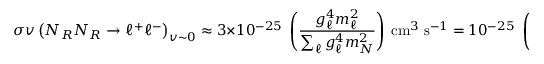
\sigma v \left( N _ { R } N _ { R } \to \ell ^ { + } \ell ^ { - } \right) _ { v \sim 0 } \approx 3 \times 1 0 ^ { - 2 5 } \; \left( \frac { g _ { \ell } ^ { 4 } m _ { \ell } ^ { 2 } } { \sum _ { \ell } g _ { \ell } ^ { 4 } m _ { N } ^ { 2 } } \right) \ \mathrm { c m } ^ { 3 } \; \mathrm { s } ^ { - 1 } = 1 0 ^ { - 2 5 } \; \left( \frac { m _ { \ell } ^ { 2 } } { m _ { N } ^ { 2 } } \right) \ \mathrm { c m } ^ { 3 } \; \mathrm { s } ^ { - 1 } \; ( \mathrm { f l a v o r \ u n i v e r s a l } ) .